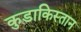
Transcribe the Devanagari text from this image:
कुडाकिस्तान